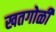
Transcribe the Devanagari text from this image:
खतगोळी